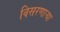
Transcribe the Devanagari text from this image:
विसरणाऱ्या